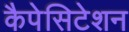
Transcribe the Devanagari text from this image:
कैपेसिटेशन